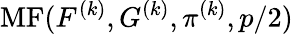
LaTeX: \operatorname{MF}(F^{(k)},G^{(k)},\pi^{(k)},p/2)